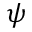
\psi